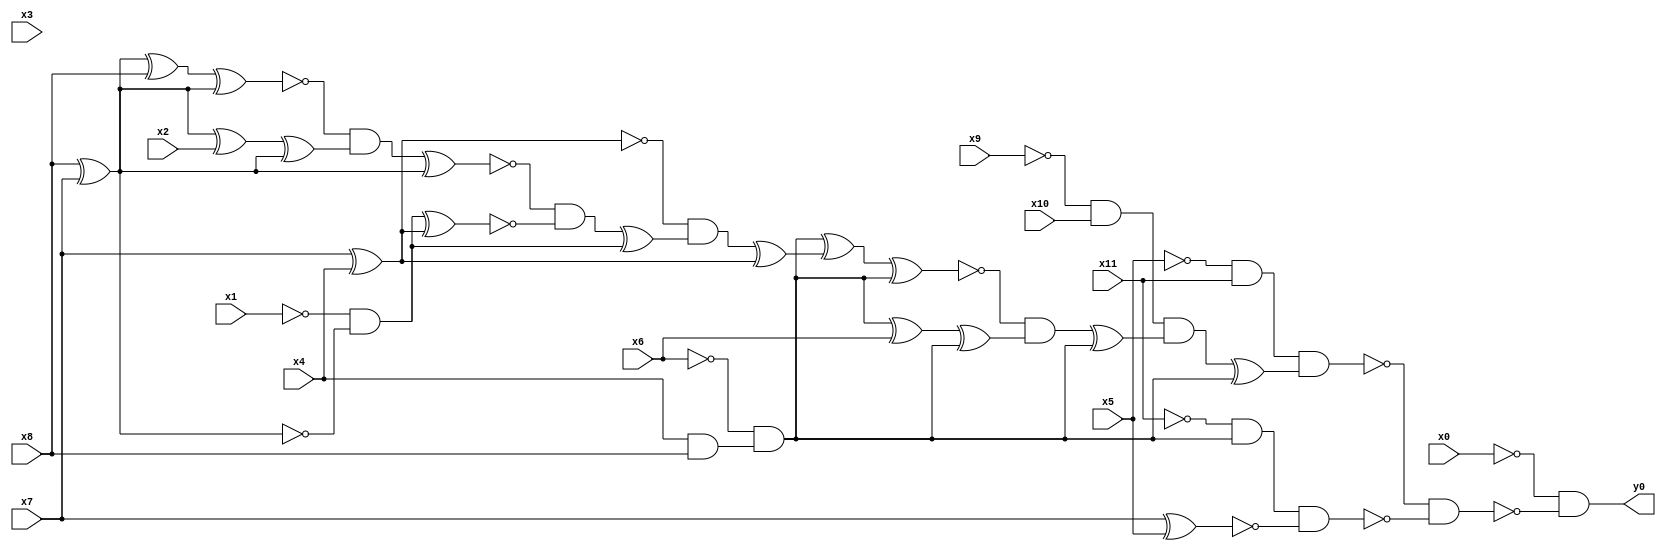
module top( x0 , x1 , x2 , x3 , x4 , x5 , x6 , x7 , x8 , x9 , x10 , x11 , y0 );
  input x0 , x1 , x2 , x3 , x4 , x5 , x6 , x7 , x8 , x9 , x10 , x11 ;
  output y0 ;
  wire n13 , n14 , n15 , n16 , n17 , n18 , n19 , n20 , n21 , n22 , n23 , n24 , n25 , n26 , n27 , n28 , n29 , n30 , n31 , n32 , n33 , n34 , n35 , n36 , n37 , n38 , n39 , n40 , n41 , n42 , n43 , n44 ;
  assign n13 = ~x5 & x11 ;
  assign n14 = ~x9 & x10 ;
  assign n29 = x4 & x8 ;
  assign n30 = ~x6 & n29 ;
  assign n15 = x7 ^ x4 ;
  assign n16 = x8 ^ x7 ;
  assign n17 = n16 ^ x8 ;
  assign n18 = n17 ^ n16 ;
  assign n19 = n16 ^ x2 ;
  assign n20 = n19 ^ n16 ;
  assign n21 = ~n18 & n20 ;
  assign n22 = n21 ^ n16 ;
  assign n23 = ~x1 & ~n16 ;
  assign n24 = n23 ^ n15 ;
  assign n25 = ~n22 & ~n24 ;
  assign n26 = n25 ^ n23 ;
  assign n27 = ~n15 & n26 ;
  assign n28 = n27 ^ n15 ;
  assign n31 = n30 ^ n28 ;
  assign n32 = n31 ^ n30 ;
  assign n33 = n30 ^ x6 ;
  assign n34 = n33 ^ n30 ;
  assign n35 = ~n32 & n34 ;
  assign n36 = n35 ^ n30 ;
  assign n37 = n14 & n36 ;
  assign n38 = n37 ^ n30 ;
  assign n39 = n13 & n38 ;
  assign n40 = ~x11 & n30 ;
  assign n41 = x7 ^ x5 ;
  assign n42 = n40 & ~n41 ;
  assign n43 = ~n39 & ~n42 ;
  assign n44 = ~x0 & ~n43 ;
  assign y0 = n44 ;
endmodule